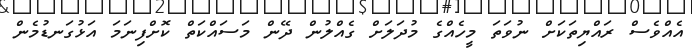
އެއްވެސް ރައްޔިތަކަށް ނުވަތަ މީހެއްގެ މުދަލަށް ގެއްލުން ދޭން މަސައްކަތް ކޮށްފިނަމަ އަޅުގަނޑުމެން